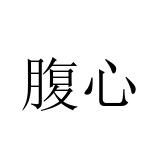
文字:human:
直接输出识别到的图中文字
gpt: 腹心